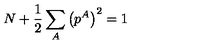
N + \frac { 1 } { 2 } \sum _ { A } \left( p ^ { A } \right) ^ { 2 } = 1